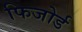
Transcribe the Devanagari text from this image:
फिजोर्ड